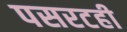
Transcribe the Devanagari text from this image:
पसरटही